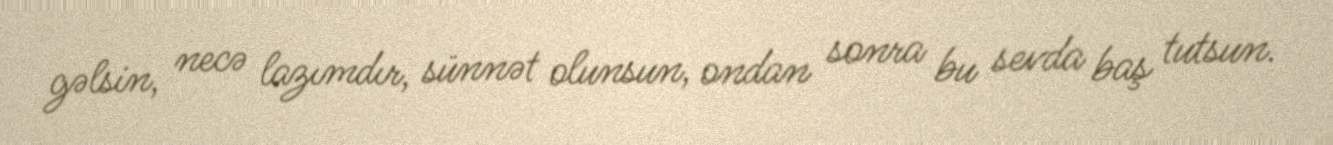
gəlsin, necə lazımdır, sünnət olunsun, ondan sonra bu sevda baş tutsun.